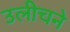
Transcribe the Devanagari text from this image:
उलीचने